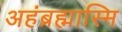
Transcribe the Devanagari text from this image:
अहंब्रह्मास्मि